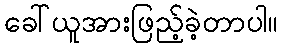
ခေါ်ယူအားဖြည့်ခဲ့တာပါ။